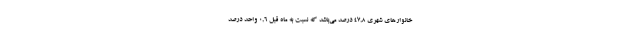
خانوارهای شهری ٤٧,٨ درصد می‌باشد که نسبت به ماه قبل ٠,٦ واحد درصد